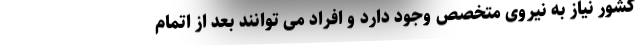
کشور نیاز به نیروی متخصص وجود دارد و افراد می توانند بعد از اتمام